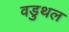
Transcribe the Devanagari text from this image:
वडुथल